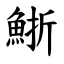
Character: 䱑